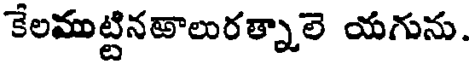
కేలముట్టినతాలురత్నాలె యగును.